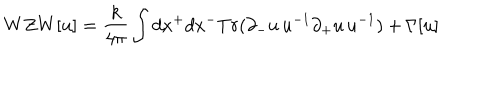
W Z W [ u ] = \frac { k } { 4 \pi } \int d x ^ { + } d x ^ { - } T r ( \partial _ { - } u \, u ^ { - 1 } \partial _ { + } u \, u ^ { - 1 } ) + \Gamma [ u ]